Report of the veterinary officer investigating camel disease
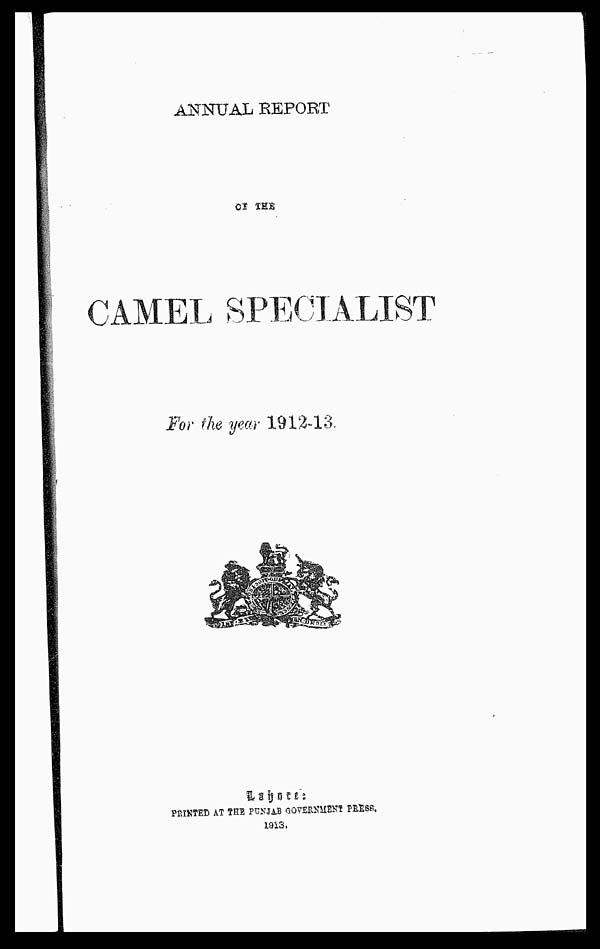
ANNUAL REPORT
CAMEL SPECIALIST
For the year 1912-13
LAHORE PRINTED AT THE PUNJAB GOVERNMENT PRESS.
1913.